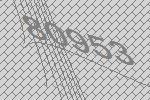
80953